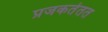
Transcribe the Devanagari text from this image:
प्रजकतेतत